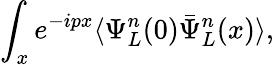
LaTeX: \int_{x}e^{-ipx}\langle\Psi_{L}^{n}(0)\bar{\Psi}_{L}^{n}(x)\rangle,